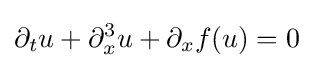
\displaystyle \partial _{t}u+\partial _{x}^{3}u+\partial _{x}f(u)=0